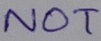
Text: NOT